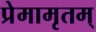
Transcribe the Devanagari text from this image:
प्रेमामृतम्